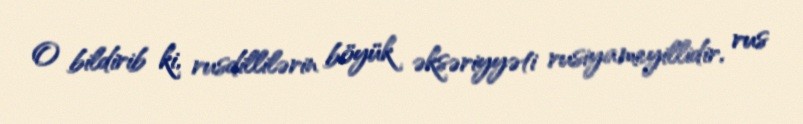
O bildirib ki, rusdillilərin böyük əksəriyyəti rusiyameyillidir, rus